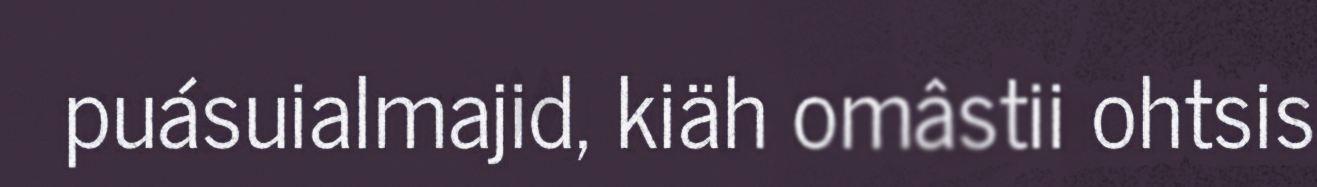
puásuialmajid, kiäh omâstii ohtsis